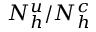
N _ { h } ^ { u } / N _ { h } ^ { c }